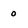
Character: 0